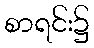
စာရင်း၌